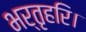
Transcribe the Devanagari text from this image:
भर्तृहरि।